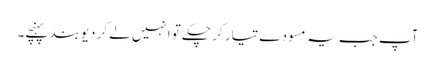
آپ جب یہ مسودے تیار کر چکے تو انہیں لے کر دیوبند پہنچے۔